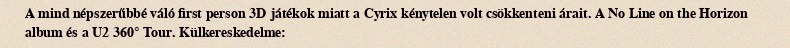
A mind népszerűbbé váló first person 3D játékok miatt a Cyrix kénytelen volt csökkenteni árait. A No Line on the Horizon album és a U2 360° Tour. Külkereskedelme: